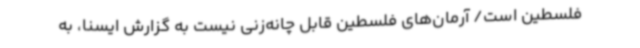
فلسطین است/ آرمان‌های فلسطین قابل چانه‌زنی نیست به گزارش ایسنا، به